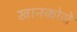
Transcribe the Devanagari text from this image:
खानकोजे